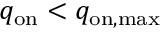
q _ { \mathrm { o n } } < q _ { \mathrm { o n , m a x } }